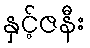
နှင့်ဇနီး